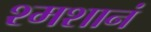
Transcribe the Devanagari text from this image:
श्मशानं